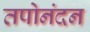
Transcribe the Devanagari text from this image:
तपोनंदन